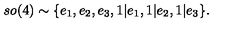
s o ( 4 ) \sim \{ e _ { 1 } , e _ { 2 } , e _ { 3 } , 1 | e _ { 1 } , 1 | e _ { 2 } , 1 | e _ { 3 } \} .